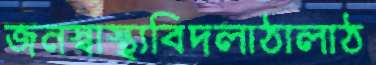
জনস্বাস্থ্যবিদলাঠালাঠ